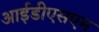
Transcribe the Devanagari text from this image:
आईडीएसएम